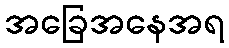
အခြေအနေအရ